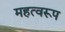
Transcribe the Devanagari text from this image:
महत्वरूप